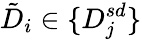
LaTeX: \tilde{D}_{i}\in\{ D_{j}^{sd}\}